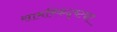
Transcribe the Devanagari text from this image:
सामरिकदृष्ट्या